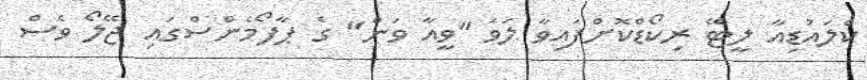
ކްލައުޑިއާ ލީޓޭ ރިކޯޑްކޮށްފައިވާ ލަވަ "ވީއާ ވަން" ގެ ޕާފޯމެންސްގައި ޖޭލޯ ވެސް